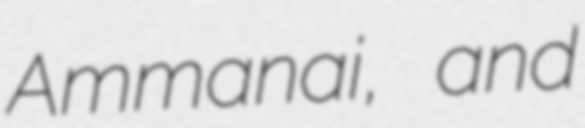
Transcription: Ammanai, and